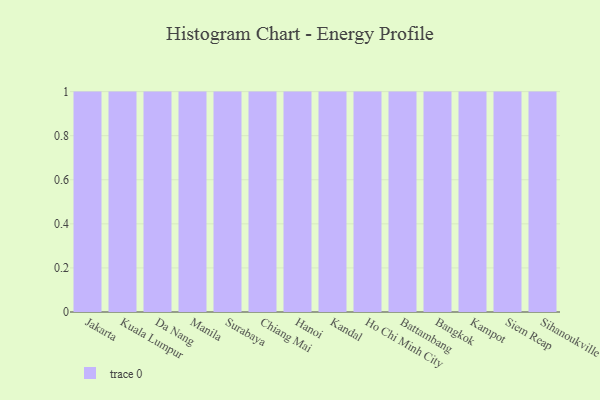
{"axis": {"x": "City", "y": "Operating Costs (USD K)"}, "legend": [""], "data": [{"x": "Jakarta", "y": 71, "type": ""}, {"x": "Kuala Lumpur", "y": 91, "type": ""}, {"x": "Da Nang", "y": 28, "type": ""}, {"x": "Manila", "y": 14, "type": ""}, {"x": "Surabaya", "y": 79, "type": ""}, {"x": "Chiang Mai", "y": 31, "type": ""}, {"x": "Hanoi", "y": 28, "type": ""}, {"x": "Kandal", "y": 38, "type": ""}, {"x": "Ho Chi Minh City", "y": 68, "type": ""}, {"x": "Battambang", "y": 42, "type": ""}, {"x": "Bangkok", "y": 42, "type": ""}, {"x": "Kampot", "y": 80, "type": ""}, {"x": "Siem Reap", "y": 42, "type": ""}, {"x": "Sihanoukville", "y": 54, "type": ""}]}